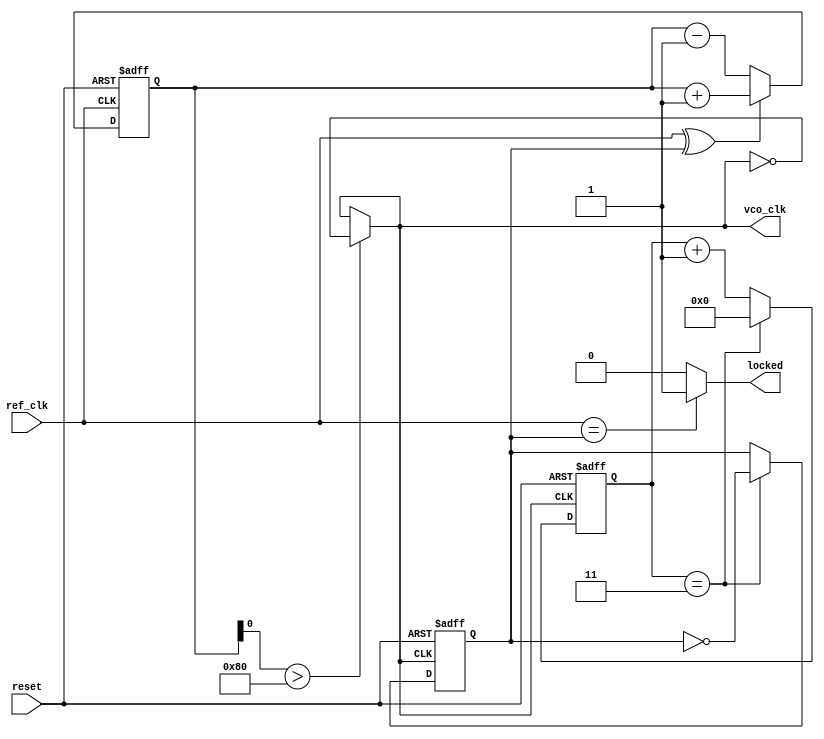
module PLL (
    input wire ref_clk,  // Reference Clock Input
    input wire reset,    // Reset Signal
    output wire vco_clk, // VCO Output Clock
    output wire locked    // Lock Status
);

// Parameters for PLL configuration
parameter integer DIVISOR = 4;      // Frequency divider value
parameter integer VCO_FREQ = 100;    // VCO Target Frequency in MHz

// Phase Detector (PD)
wire phase_error;

// Charge Pump
wire charge_pump_out;
reg [7:0] control_voltage; // Simulating the control voltage

// Loop Filter (simplified)
wire filtered_voltage;

// Voltage Controlled Oscillator (VCO)
wire vco_output;

// Frequency Divider
reg [3:0] divisor_count = 0;
reg feedback_clk;

// Initialize states
initial begin
    control_voltage = 8'b0;
end

// Phase Detection logic (very simplistic)
assign phase_error = (ref_clk ^ feedback_clk); // XOR for simplicity

// Charge Pump Logic
always @(posedge ref_clk or posedge reset) begin
    if (reset) begin
        control_voltage <= 8'b0;
    end else begin
        if (phase_error) begin
            control_voltage <= control_voltage + 1; // Increase control voltage
        end else begin
            control_voltage <= control_voltage - 1; // Decrease control voltage
        end
    end
end

// Loop Filter - Simple RC filter logic
assign filtered_voltage = control_voltage; // Simplification

// Voltage-Controlled Oscillator (VCO)
assign vco_output = (filtered_voltage > 128) ? ~vco_clk : vco_clk; // VCO output based on control voltage
assign vco_clk = vco_output; // Connect to output

// Frequency Divider
always @(posedge vco_clk or posedge reset) begin
    if (reset) begin
        divisor_count <= 0;
        feedback_clk <= 0;
    end else begin
        if (divisor_count == DIVISOR - 1) begin
            feedback_clk <= ~feedback_clk; // Toggle feedback clock
            divisor_count <= 0; // Reset counter
        end else begin
            divisor_count <= divisor_count + 1; // Increment counter
        end
    end
end

// Lock detection logic - basic implementation
assign locked = (ref_clk == feedback_clk) ? 1'b1 : 1'b0;

endmodule